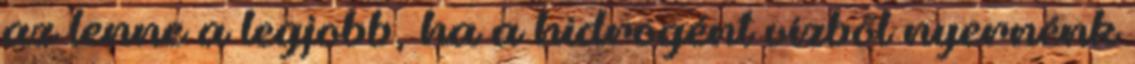
az lenne a legjobb, ha a hidrogént vízből nyernénk